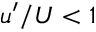
u ^ { \prime } / U < 1 \